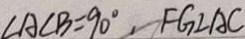
\angle A C B = 9 0 ^ { \circ } , F G \bot A C